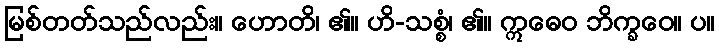
မြစ်တတ်သည်လည်း။ ဟောတိ၊ ၏။ ဟိ-သစ္စံ၊ ၏။ ဣဓေဝ ဘိက္ခဝေ။ ပ။